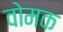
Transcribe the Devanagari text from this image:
वोमक